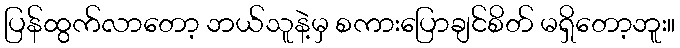
ပြန်ထွက်လာတော့ ဘယ်သူနဲ့မှ စကားပြောချင်စိတ် မရှိတော့ဘူး။